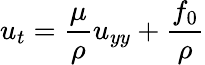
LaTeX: u_{t}=\frac{\mu}{\rho}u_{yy}+\frac{f_{0}}{\rho}